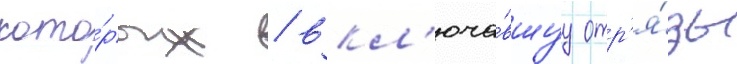
кото́рых / вкл'юча́вшуу отр'я́ды